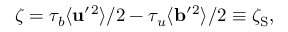
\zeta = \tau _ { b } \langle { { \bf { u } } ^ { \prime } { } ^ { 2 } } \rangle / 2 - \tau _ { u } \langle { { \bf { b } } ^ { \prime } { } ^ { 2 } } \rangle / 2 \equiv \zeta _ { \mathrm { { S } } } ,